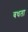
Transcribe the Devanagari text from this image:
बधता